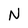
Character: N